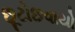
છૂટોછવાયો